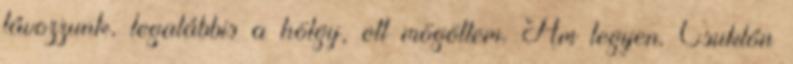
távozzunk, legalábbis a hölgy, ott mögöttem. Ám legyen. Csuklón